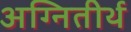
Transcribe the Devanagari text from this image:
अग्‍नितीर्थ